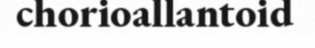
chorioallantoid